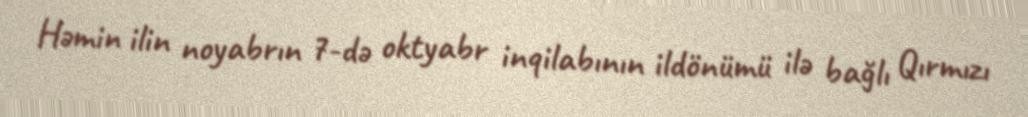
Həmin ilin noyabrın 7-də oktyabr inqilabının ildönümü ilə bağlı Qırmızı